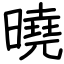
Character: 曉